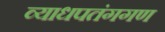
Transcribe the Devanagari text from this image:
व्याधपतंगगण